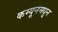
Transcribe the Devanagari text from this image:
कम्यूनमधून